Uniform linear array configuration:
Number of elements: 16
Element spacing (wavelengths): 0.25
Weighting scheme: kaiser
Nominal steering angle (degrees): -60
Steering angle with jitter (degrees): -60.287
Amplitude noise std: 0.05
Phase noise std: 0.05

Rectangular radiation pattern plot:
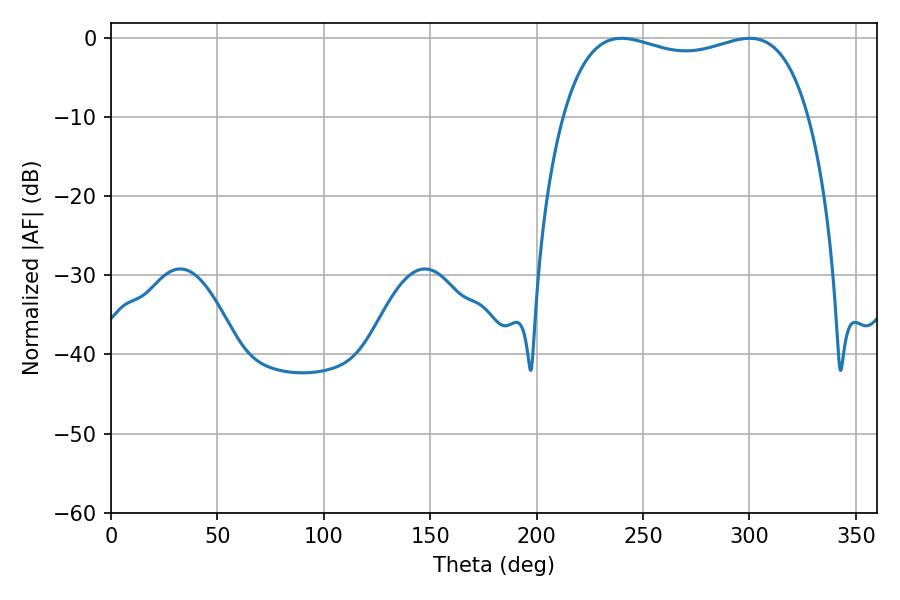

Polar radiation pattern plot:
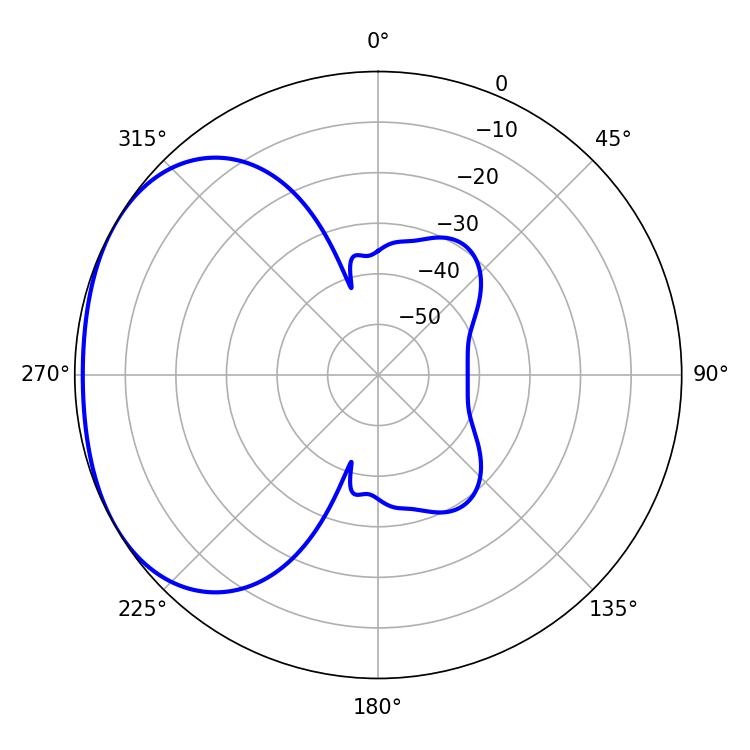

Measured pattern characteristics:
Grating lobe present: FALSE
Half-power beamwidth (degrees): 94.32
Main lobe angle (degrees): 239.94